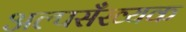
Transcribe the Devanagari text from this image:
अल्पसँख्यक